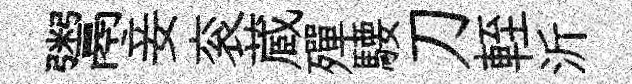
鬻妾衮蔵殫騕刀輊沂